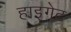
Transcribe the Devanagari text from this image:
हाइगेट